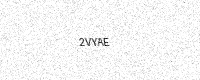
Text: 2VYAE